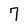
Character: 7